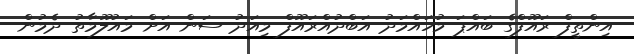
އިންތީފް ރައޫފްގެ ބައްޕަ މުހައްމަދު އަބްދުއްރައޫފް މިއަދު ސަން އަށް މައުލޫމާތު ދެމުން